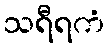
သရီရကံ